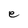
Character: e